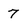
Character: 7